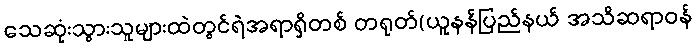
သေဆုံးသွားသူများထဲတွင်ရဲအရာရှိတစ် တရုတ်(ယူနန်ပြည်နယ် အသိဆရာဝန်